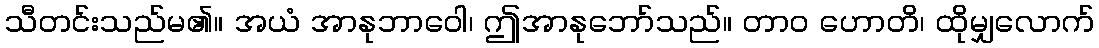
သီတင်းသည်မ၏။ အယံ အာနုဘာဝေါ၊ ဤအာနုဘော်သည်။ တာဝ ဟောတိ၊ ထိုမျှလောက်